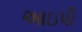
આઇપી